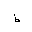
Letter: _da